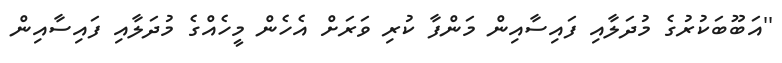
''އަބޫބަކުރުގެ މުދަލާއި ފައިސާއިން މަންފާ ކުރި ވަރަށް އެހެން މީހެއްގެ މުދަލާއި ފައިސާއިން